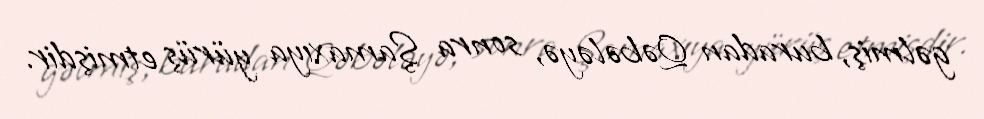
gəlmiş, buradan Qəbələyə, sonra Şamaxıya yürüş etmişdir.